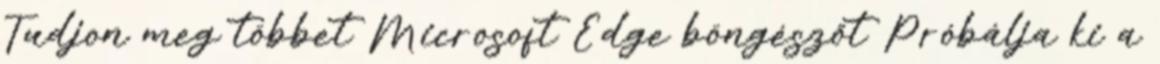
Tudjon meg többet Microsoft Edge böngészőt Próbálja ki a